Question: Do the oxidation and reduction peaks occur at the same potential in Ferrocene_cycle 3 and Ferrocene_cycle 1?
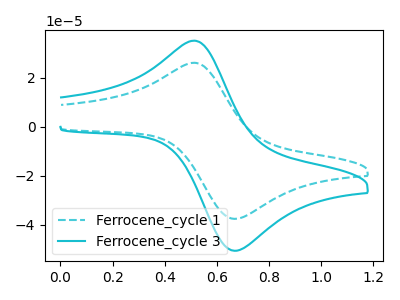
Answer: <think>The cyan dashed curve "Ferrocene_cycle 1" has an anodic peak at (0.50V, 26.10uA) and a cathodic peak at (0.70V, -37.60uA). The cyan curve "Ferrocene_cycle 3" has an anodic peak at (0.50V, 35.10uA) and a cathodic peak at (0.70V, -50.60uA).</think>
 <answer>Yes, "Ferrocene_cycle 3" have a peak in "Ferrocene_cycle 1" at the same potential.</answer>
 <eval>match</eval>